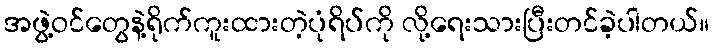
အဖွဲ့ဝင်တွေနဲ့ရိုက်ကူးထားတဲ့ပုံရိပ်ကို လို့ရေးသားပြီးတင်ခဲ့ပါတယ်။